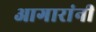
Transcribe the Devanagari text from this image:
आगारांनी